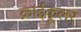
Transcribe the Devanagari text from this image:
क्राईकूलर